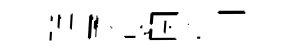
醺勇裊関穩剡